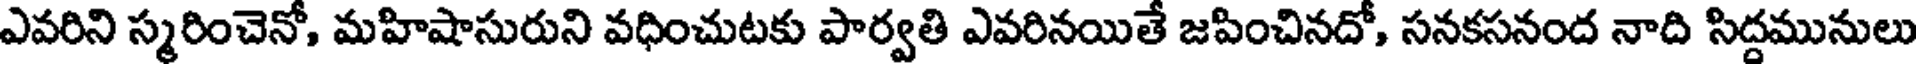
ఎవరిని స్మరించెనో, మహిషాసురుని వధించుటకు పార్వతి ఎవరినయితే జపించినదో, సనకసనంద నాది సిద్దమునులు